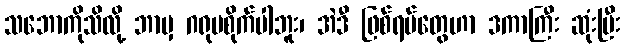
သဘောကိုသိလို့ ဘာမှ ဂရုမစိုက်ပါဘူး၊ အဲဒီ ဖြစ်ရပ်တွေဟာ ဒကာကြီး ဆုံးပြီး